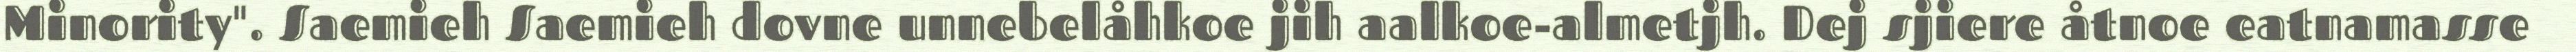
Minority". Saemieh Saemieh dovne unnebelåhkoe jih aalkoe-almetjh. Dej sjiere åtnoe eatnamasse